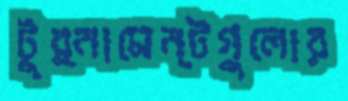
টুর্নামেন্টগুলোর